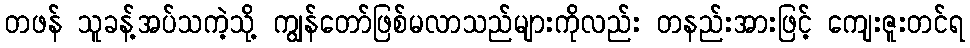
တဖန် သူခန့်အပ်သကဲ့သို့ ကျွန်တော်ဖြစ်မလာသည်များကိုလည်း တနည်းအားဖြင့် ကျေးဇူးတင်ရ